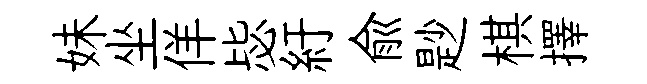
妹坐佯毖紆俞尟棋擇